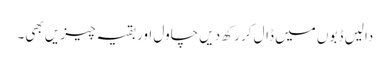
دالیں ڈبوں میں ڈال کر رکھ دیں چاول اور بقیہ چیزیں بھی۔